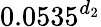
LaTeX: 0.0535^{d_{2}}